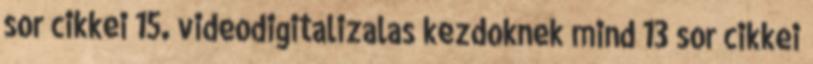
sor cikkei 15. videodigitalizalas kezdoknek mind 13 sor cikkei